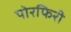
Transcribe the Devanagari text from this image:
पोरफिरी